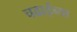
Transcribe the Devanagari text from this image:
चढाईच्या